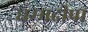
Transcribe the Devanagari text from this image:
धम्मदीपा